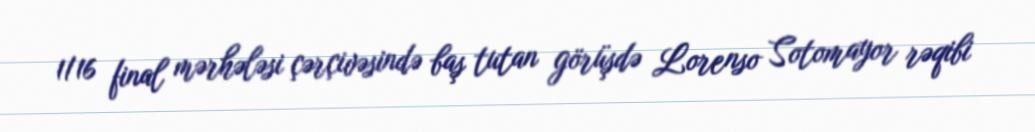
1/16 final mərhələsi çərçivəsində baş tutan görüşdə Lorenso Sotomayor rəqibi